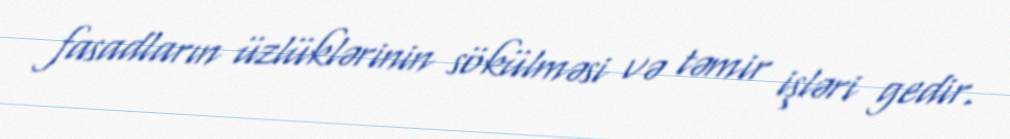
fasadların üzlüklərinin sökülməsi və təmir işləri gedir.